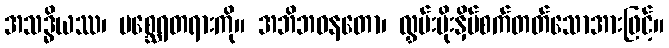
အသဒ္ဓိယဿ၊ မစ္ဆေရတရားကို။ အဘိဘဝနတော၊ လွှမ်းမိုးနှိပ်စက်တတ်သောအားဖြင့်။